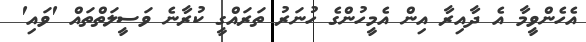
އެހެންވީމާ އެ ދާއިރާ އިން އެމީހުންގެ ހުނަރު ތަރައްގީ ކުރާނެ ވަސީލަތްތައް 'ވައި'